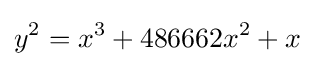
y^{2}=x^{3}+486662x^{2}+x